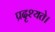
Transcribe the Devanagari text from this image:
प्रदृश्यते।